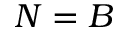
N = B